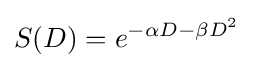
S(D)=e^{-\alpha D-\beta D^{2}}